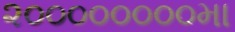
૨૦૦૦૦૦૦૦૦મા